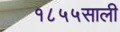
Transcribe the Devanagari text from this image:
१८५५साली